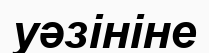
уәзініне